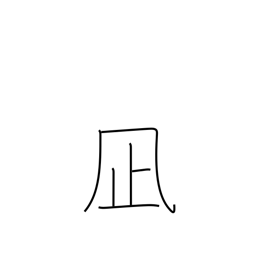
Meaning: lull